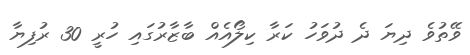
ވޭތުވެ ދިޔަ ދެ ދުވަހު ކަރާ ކިލޯއެއް ބާޒާރުގައި ހުރީ 30 ރުފިޔާ